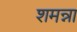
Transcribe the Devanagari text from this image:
शमन्ना